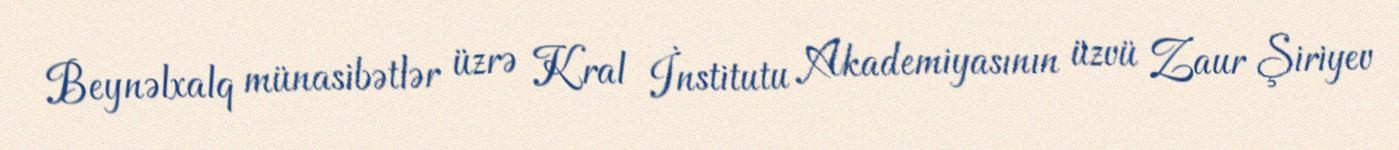
Beynəlxalq münasibətlər üzrə Kral İnstitutu Akademiyasının üzvü Zaur Şiriyev